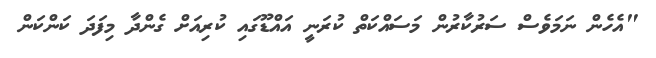
"އެހެން ނަމަވެސް ސަރުކާރުން މަސައްކަތް ކުރަނީ އައްޑޫގައި ކުރިއަށް ގެންދާ މިފަދަ ކަންކަން